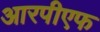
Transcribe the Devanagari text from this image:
आरपीएफ